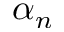
\alpha _ { n }